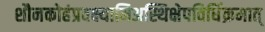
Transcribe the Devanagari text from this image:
शौनकोहंप्रवक्ष्यामिअस्थिक्षेपविधिंक्रमात्